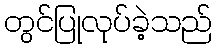
တွင်ပြုလုပ်ခဲ့သည်